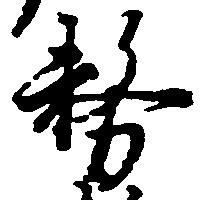
務